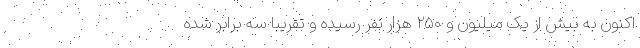
اکنون به بیش از یک میلیون و ۲۵۰ هزار نفر رسیده و تقریبا سه برابر شده